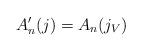
LaTeX: \begin{align*} A'_n(j) = A_n(j_V)\end{align*}